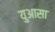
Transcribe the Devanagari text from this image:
युआसा